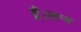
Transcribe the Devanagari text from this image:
हैं।लम्ब